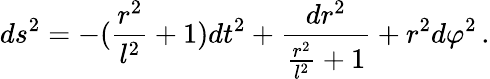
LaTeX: ds^{2}=-(\frac{r^{2}}{l^{2}}+1)dt^{2}+\frac{dr^{2}}{\frac{r^{2}}{l^{2}}+1}+r^{2}d\varphi^{2}\, .